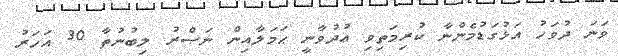
ވަނަ ދުވަހު އަޅުގަޑުމެންނާ ކުރިމަތިވި ޢުދުވާނީ ޙަމަލާއިން ނަޞްރު ލިބުނުތާ 30 އަހަރު